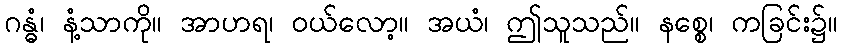
ဂန္ဓံ၊ နံ့သာကို။ အာဟရ၊ ဝယ်လော့။ အယံ၊ ဤသူသည်။ နစ္စေ၊ ကခြင်း၌။